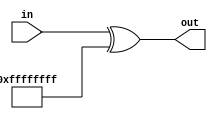
module Flip(out, in);

output[31:0] out;
input[31:0] in;

assign out = in ^ 32'b11111111111111111111111111111111;

endmodule